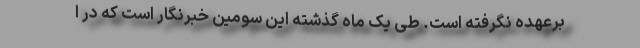
برعهده نگرفته ‌است. طی یک ماه گذشته این سومین خبرنگار است که در ا